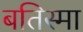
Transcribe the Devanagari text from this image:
बतिस्मा